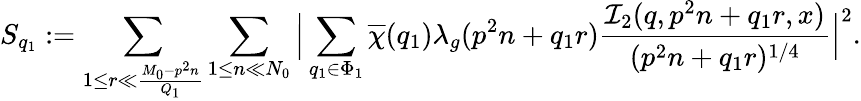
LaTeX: S_{q_{1}}:=\sum_{1\leq r\ll\frac{M_{0}-p^{2}n}{Q_{1}}}\sum_{1\leq n\ll N_{0}}\Big|\sum_{q_{1}\in\Phi_{1}}\overline{{\chi}}(q_{1})\lambda_{g}(p^{2}n+q_{1}r)\frac{\mathcal{I}_{2}(q,p^{2}n+q_{1}r,x)}{(p^{2}n+q_{1}r)^{1/4}}\Big|^{2}.